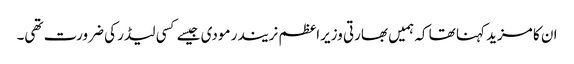
ان کا مزید کہنا تھا کہ ہمیں بھارتی وزیراعظم نریندر مودی جیسے کسی لیڈر کی ضرورت تھی۔